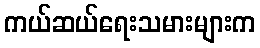
ကယ်ဆယ်ရေးသမားများက